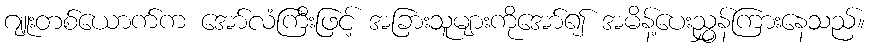
ဂျူးတစ်ယောက်က အော်လံကြီးဖြင့် အခြားသူများကိုအော်၍ အမိန့်ပေးညွှန်ကြားနေသည်။